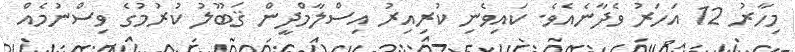
މިހާރު 12 އަހަރު ވެދާނެއެވެ. ކައިވެނި ކުރިއިރު އިސްލާމްދީން ޤަބޫލު ކުރުމުގެ ވިސްނުމެއް